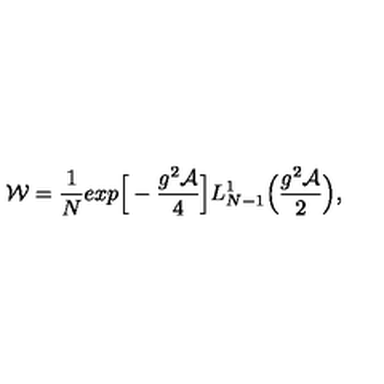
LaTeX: { \cal W } = \frac { 1 } { N } e x p \Big [ - \frac { g ^ { 2 } \cal A } { 4 } \Big ] L _ { N - 1 } ^ { 1 } \Bigl ( \frac { g ^ { 2 } { \cal A } } { 2 } \Bigr ) ,